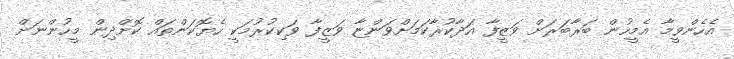
އެހެންވީމާ އެމީހުން ބަރާބަރަށް ވަޒީފާ އަދާކުރާކަމަށްވަންޏާ ވަޒީފާ ވަކިކުރުމަކީ ހެޔޮކަންތައް ކޮށްދިން މީހުންނަށް